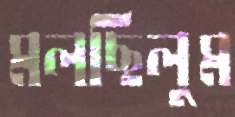
মলছিলুম